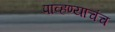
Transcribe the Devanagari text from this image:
पाव्हण्याचंच